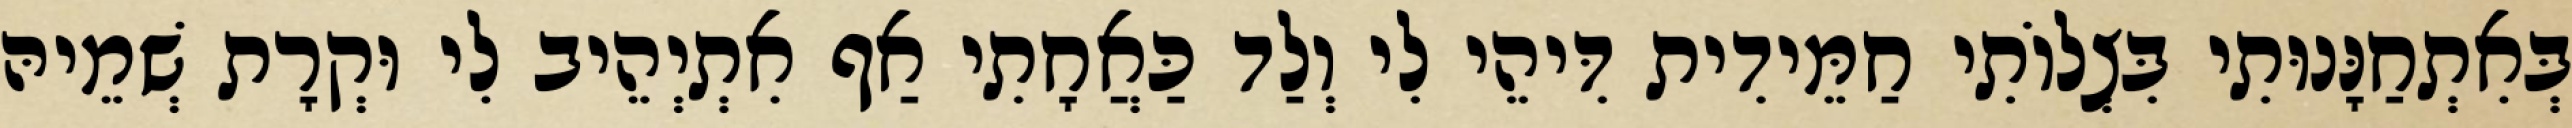
בְּאִתְחַנָּנוּתִי בִּצְלוֹתִי חַמֵּידִית דִּיהֵי לִי וְלַד כַּאֲחָתִי אַף אִתְיְהֵיב לִי וּקְרָת שְׁמֵיהּ